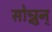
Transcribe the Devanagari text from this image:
सोन्नुन्